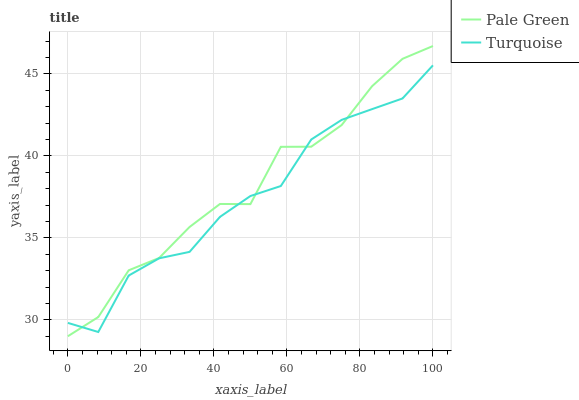
| xaxis_label | Pale Green | Turquoise |
 | --- | --- | --- |
 | 0 | 29 | 29.8 |
 | 8.33 | 30.2 | 29.3 |
 | 16.7 | 33 | 32.7 |
 | 25 | 33.8 | 33.8 |
 | 33.3 | 35.7 | 34.1 |
 | 41.7 | 37.1 | 36.3 |
 | 50 | 37.1 | 37.6 |
 | 58.3 | 40.6 | 38.2 |
 | 66.7 | 40.6 | 41 |
 | 75 | 41.9 | 42.2 |
 | 83.3 | 44.3 | 42.9 |
 | 91.7 | 45.9 | 43.5 |
 | 100 | 46.7 | 45.5 |